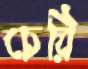
চেরি